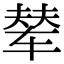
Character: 辇